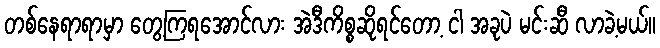
တစ်နေရာရာမှာ တွေ့ကြရအောင်လား အဲဒီကိစ္စဆိုရင်တော့ ငါ အခုပဲ မင်းဆီ လာခဲ့မယ်။